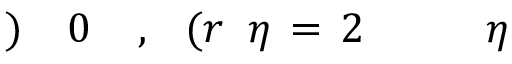
\! \! \! \! \! \! \! \! \! \! \! \eta \! \! \! \! \! \! \! \! \! \! \! \! _ { \! } \! \! \! \! \! \! \! \! \! \! \! 2 \! \! \! \! \! \! \! \! \! \! \! \! = \! \! \! \! \! \! \! \! \! \! \! \! \eta \! \! \! \! \! \! \! \! \! \! \! \! ( r \! \! \! \! \! \! \! \! \! \! \! \! , \! \! \! \! \! \! \! \! \! \! \! \! 0 \! \! \! \! \! \! \! \! \! \! \! \! ) \! \! \! \! \! \! \! \! \! \! \!